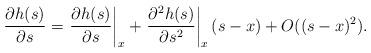
LaTeX: \begin{align*}\begin{aligned}\dfrac{\partial h(s)}{\partial s} &= \left.\dfrac{\partial h(s)}{\partial s}\right|_x + \left.\dfrac{\partial^2 h(s)}{\partial s^2}\right|_x(s-x)+ O((s-x)^2).\\\end{aligned}\end{align*}